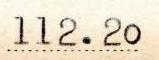
112.20